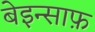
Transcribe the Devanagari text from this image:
बेइन्साफ़